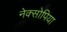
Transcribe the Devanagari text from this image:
नेक्सोपिया